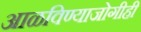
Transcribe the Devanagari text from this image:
आळविण्याजोगीही